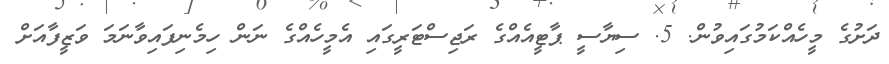
ދަށުގެ މީހެއްކަމުގައިވުން. 5. ސިޔާސީ ޕާޓީއެއްގެ ރަޖިސްޓަރީގައި އެމީހެއްގެ ނަން ހިމެނިފައިވާނަމަ ވަޒީފާއަށް